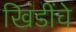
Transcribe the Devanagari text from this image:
खिंडींचे